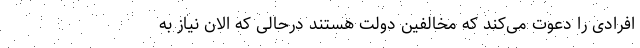
افرادی را دعوت می‌کند که مخالفین دولت هستند درحالی که الان نیاز به